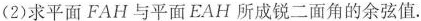
(2)求平面FAH与平面EAH所成锐二面角的余弦值.